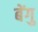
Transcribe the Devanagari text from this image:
बेंगु